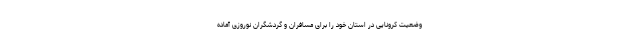
وضعیت کرونایی در استان خود را برای مسافران و گردشگران نوروزی آماده